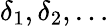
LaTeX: \delta_{1},\delta_{2},\dots